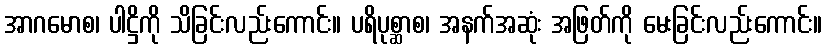
အာဂမောစ၊ ပါဋ္ဌိကို သိခြင်းလည်းကောင်း။ ပရိပုစ္ဆာစ၊ အနက်အဆုံး အဖြတ်ကို မေးခြင်းလည်းကောင်း။